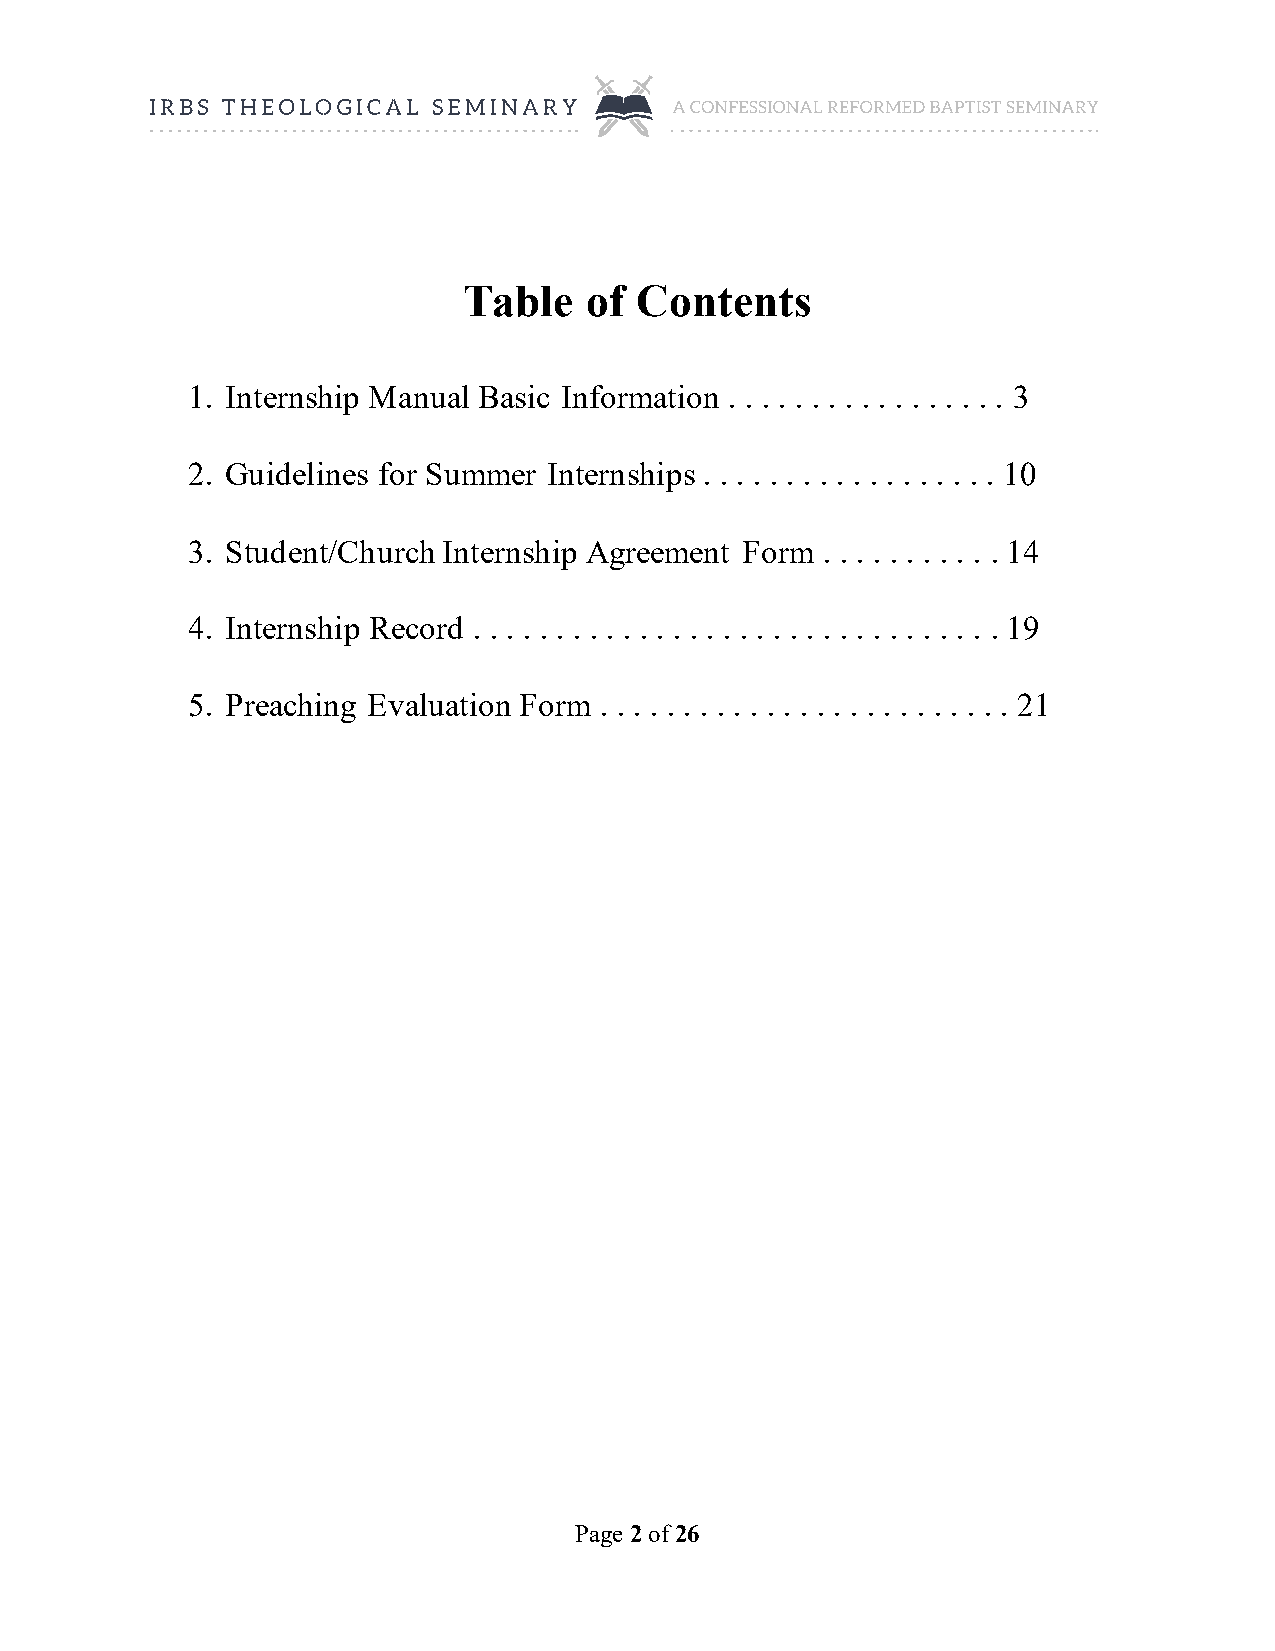
Table   of Contents
 1. Internship Manual Basic Information . . . . . . . . . . . . . . . . . 3
 2. Guidelines for Summer Internships . . . . . . . . . . . . . . . . . . 10
 3. Student/Church Internship Agreement Form . . . . . . . . . . . 14
 4. Internship Record . . . . . . . . . . . . . . . . . . . . . . . . . . . . . . . . 19
 5. Preaching Evaluation Form . . . . . . . . . . . . . . . . . . . . . . . . . 21
 Page 2 of 26